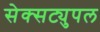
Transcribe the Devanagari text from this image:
सेक्सट्युपल